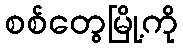
စစ်တွေမြို့ကို